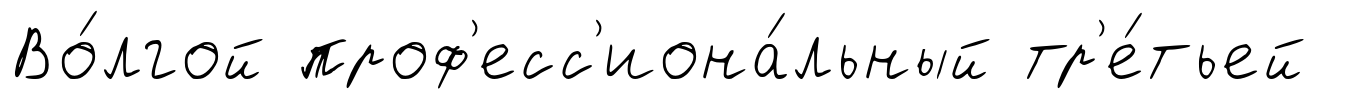
Во́лгой проф'есс'иона́льный тр'е́тьей